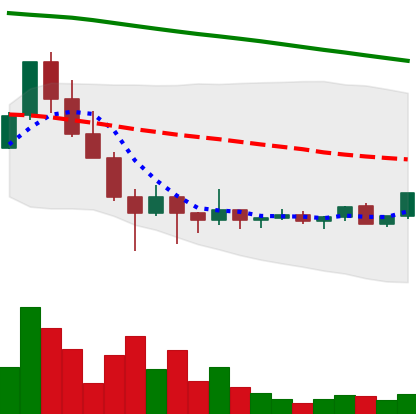
Ticker: ADA-USD
Chart end date: 2022-02-04
Forward return: 5.212%
Label: up_5_7